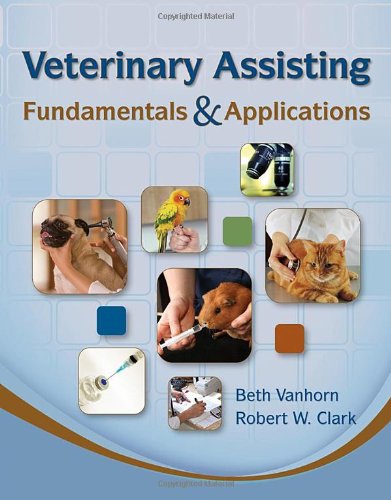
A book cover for Veterinary Assisting Fundamentals & Applications (Veterinary Technology); Beth Vanhorn; Medical Books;